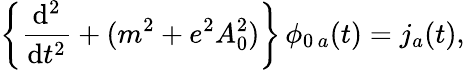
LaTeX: \left\{ \frac{\mathrm{d}^{2}}{\mathrm{d}t^{2}}+(m^{2}+e^{2}A_{0}^{2})\right\} \, \phi_{0\, a}(t)=j_{a}(t),